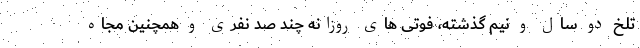
تلخ دو سال و نیم گذشته، فوتی های روزانه چند صد نفری و همچنین مجاه